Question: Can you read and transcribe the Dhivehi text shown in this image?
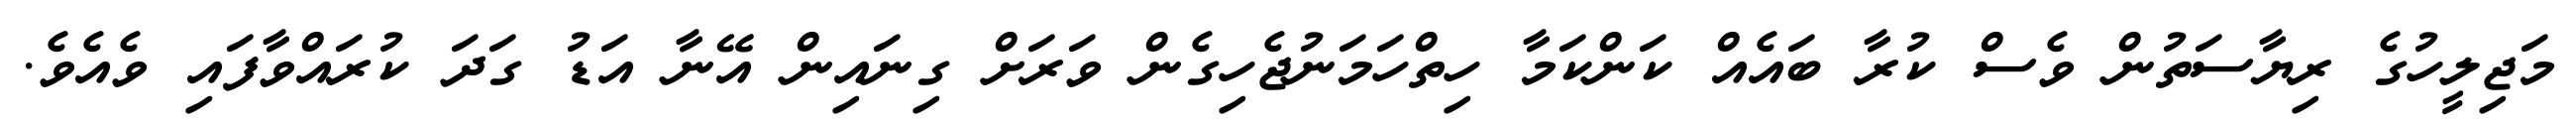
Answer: މަޖިލީހުގެ ރިޔާސަތުން ވެސް ކުރާ ބައެއް ކަންކަމާ ހިތްހަމަނުޖެހިގެން ވަރަށް ގިނައިން އޭނާ އަޑު ގަދަ ކުރައްވާފައި ވެއެވެ.